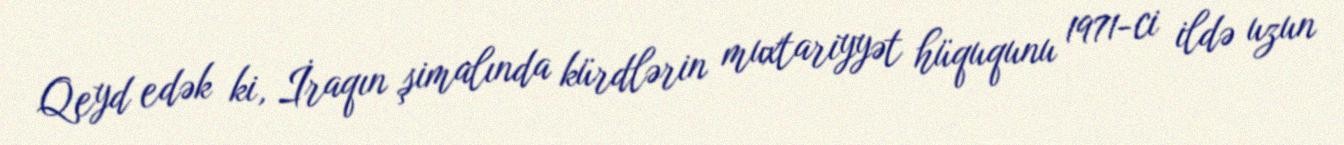
Qeyd edək ki, İraqın şimalında kürdlərin muxtariyyət hüququnu 1971-ci ildə uzun